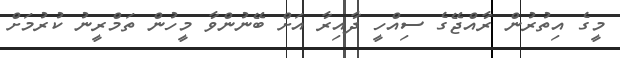
މީގެ އިތުރުން ރާއްޖޭގެ ސިއްހީ ދާއިރާ އަށް ބޭނުންވާ މީހުން ތަމްރީނު ކުރުމަށް